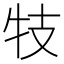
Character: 𰠩